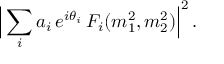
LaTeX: \Big | \sum _ { i } a _ { i } \, e ^ { i \theta _ { i } } \, F _ { i } ( m _ { 1 } ^ { 2 } , m _ { 2 } ^ { 2 } ) \Big | ^ { 2 } \, .